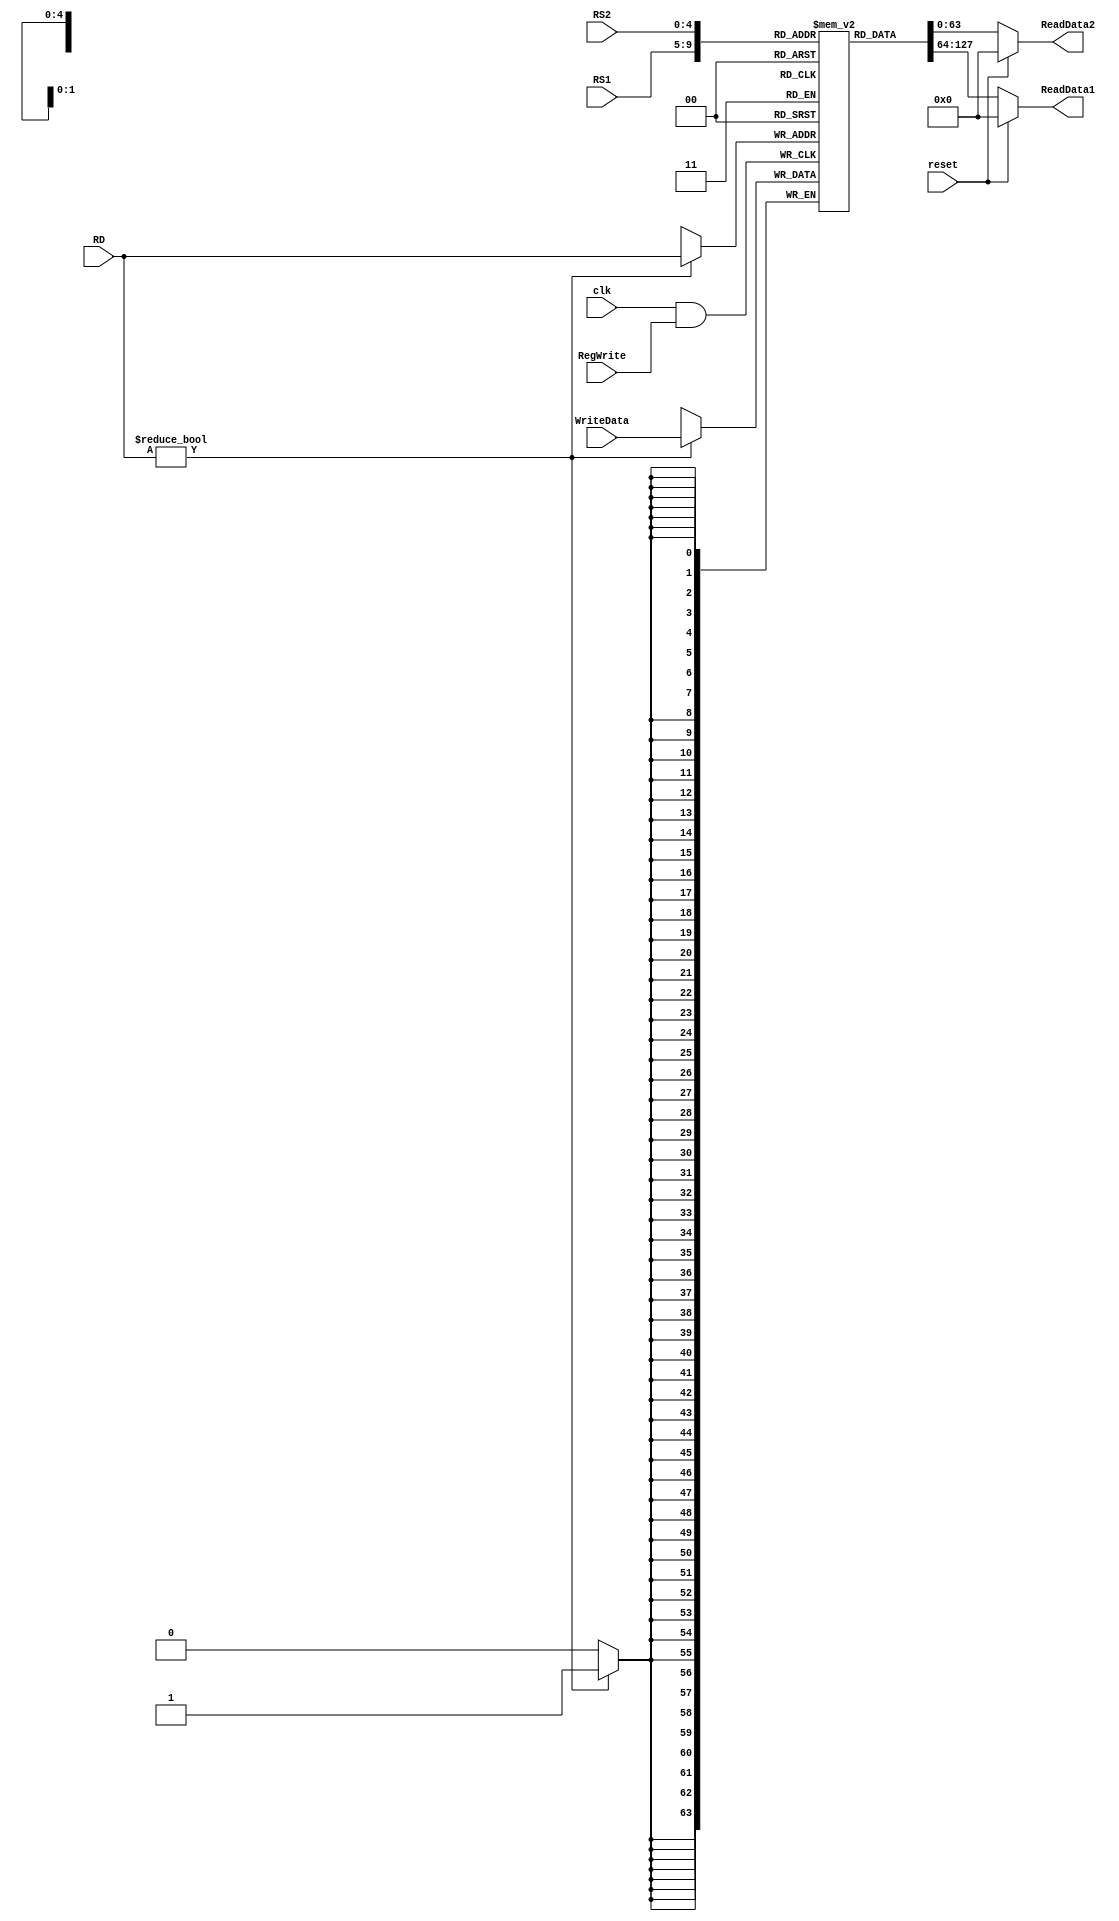
module RegisterFile
(
	input clk,
	input reset,
	input [63:0] WriteData,
	input [4:0] RS1,
	input [4:0] RS2,
	input [4:0] RD,
	input RegWrite,
	
	output reg [63:0] ReadData1,
	output reg [63:0] ReadData2
	
);

	reg [63:0]  Registar [31:0];
	
	initial 
	begin 
		Registar[0] = 64'd25;
		Registar[1] = 64'd76;
		Registar[2] = 64'd62;
		Registar[3] = 64'd6;
		Registar[4] = 64'd5;
		Registar[5] = 64'd39;
		Registar[6] = 64'd35;
		Registar[7] = 64'd72;
		Registar[8] = 64'd7;
		Registar[9] = 64'd72;
		Registar[10] = 64'd2;
		Registar[11] = 64'd34;
		Registar[12] = 64'd4;
		Registar[13] = 64'd64;
		Registar[14] = 64'd17;
		Registar[15] = 64'd79;
		Registar[16] = 64'd52;
		Registar[17] = 64'd49;
		Registar[18] = 64'd22;
		Registar[19] = 64'd23;
		Registar[20] = 64'd71;
		Registar[21] = 64'd94;
		Registar[22] = 64'd59;
		Registar[23] = 64'd29;
		Registar[24] = 64'd81;
		Registar[25] = 64'd56;
		Registar[26] = 64'd4;
		Registar[27] = 64'd99;
		Registar[28] = 64'd49;
		Registar[29] = 64'd54;
		Registar[30] = 64'd43;
		Registar[31] = 64'd52;
	end
	
	always @ (posedge clk & RegWrite)
	begin
		if (RD != 0)
			Registar[RD] = WriteData;
	end
	
	always @ (RS1 or RS2 or reset)
	begin
		if (reset)
		begin
			ReadData1 = 64'b0;
			ReadData2 = 64'b0;
		end
		else
		begin
			ReadData1 = Registar[RS1];
			ReadData2 = Registar[RS2];
		end
	end
	
	
endmodule